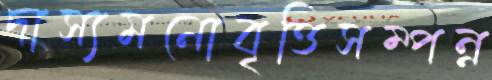
দাস্যমনোবৃত্তিসম্পন্ন